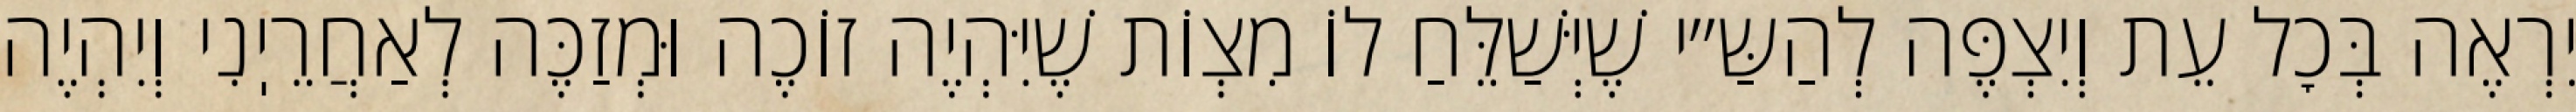
יִרְאֶה בְּכׇל עֵת וְיִצְפֶּה לְהַשַּ״י שֶׁיְּשַׁלֵּחַ לוֹ מִצְוֹת שֶׁיִּהְיֶה זוֹכֶה וּמְזַכֶּה לְאַחֲרֵיֽנִי וְיִהְיֶה